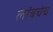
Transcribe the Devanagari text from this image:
लांबचेच